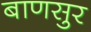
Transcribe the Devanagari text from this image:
बाणसुर